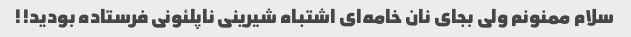
سلام ممنونم ولی بجای نان خامه‌ای اشتباه شیرینی ناپلئونی فرستاده بودید!!